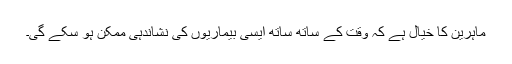
ماہرین کا خیال ہے کہ وقت کے ساتھ ساتھ ایسی بیماریوں کی نشاندہی ممکن ہو سکے گی۔